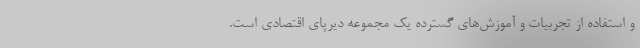
و استفاده از تجربیات و آموزش‌های گسترده یک مجموعه دیرپای اقتصادی است.